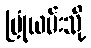
ပြုံယမ်းသို့